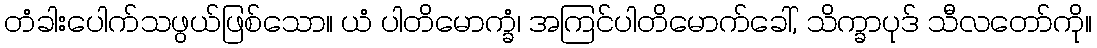
တံခါးပေါက်သဖွယ်ဖြစ်သော။ ယံ ပါတိမောက္ခံ၊ အကြင်ပါတိမောက်ခေါ်, သိက္ခာပုဒ် သီလတော်ကို။